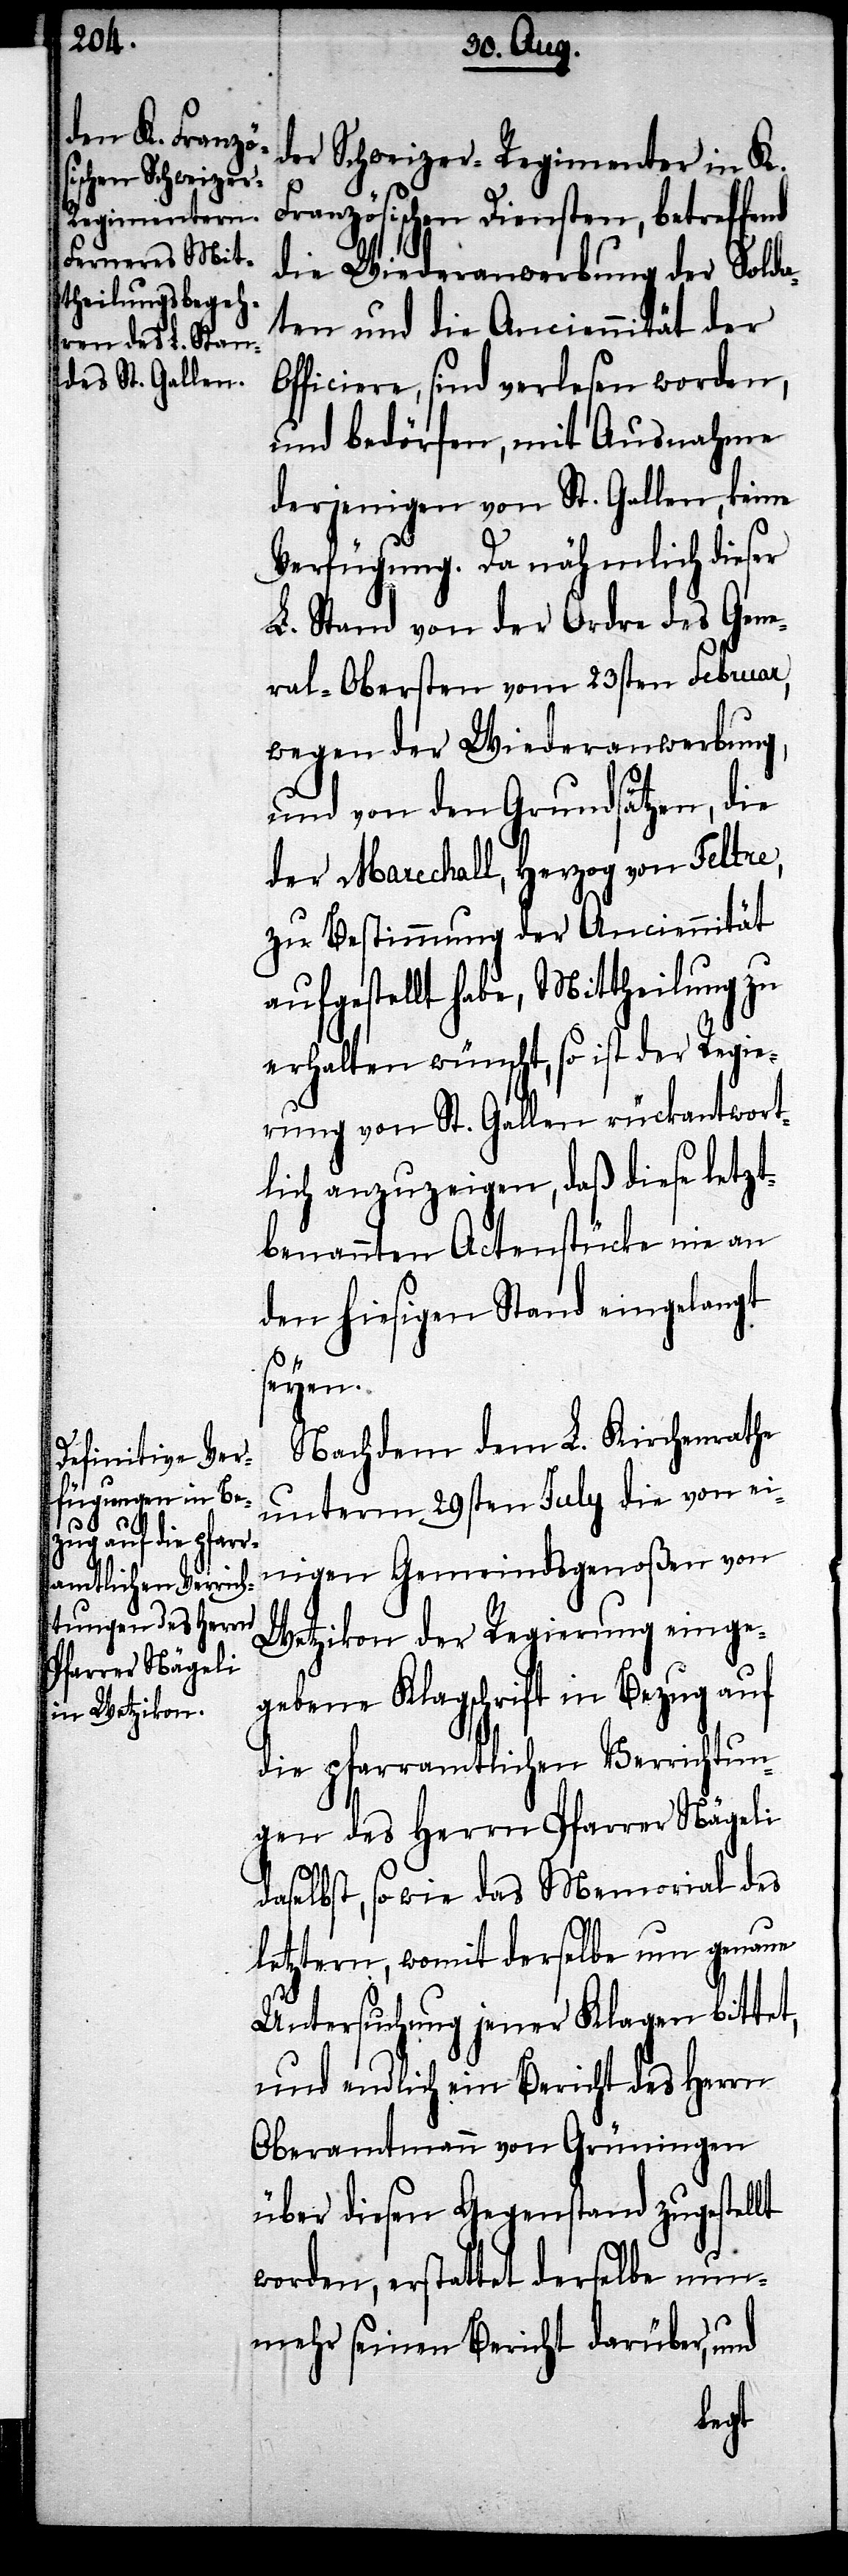
der Schweizer-Regimenter in K.
Französischen Diensten, betreffe¬
die Wiederanwerbung der Solda¬
ten und die Anciennität der
Officiere, sind verlesen worden,
und bedürfen, mit Ausnahme
derjenigen von St. Gallen, keine
Verfügung. Da nähmlich dieser
L. Stand von der Ordre des Gene¬
ral-Obersten vom 23sten Februar,
wegen der Wiederanwerbung,
und von den Grundsätzen, die
der Marechall, Herzog von Feltre,
zu Bestimmung der Anciennität
aufgestellt habe, Mittheilung zu
erhalten wünscht, so ist der Regie¬
rung von St. Gallen rückantwort¬
lich anzuzeigen, daß diese letzt¬
benannten Actenstücke nie a¬
n hiesigen Stand eingelangt
seinen
Nachdem dem L. Kirchenrathe
unterm 29sten July die von ei¬
nigen Gemeindsgenoßen von
Wetzikon der Regierung einge¬
gebene Klagschrift in Bezug auf
die pfarramtlichen Verrichtun¬
gen des Herrn Pfarrer Nägeli
daselbst, so wie das Memorial des
letztern, womit derselbe um genaue
Untersuchung jener Klagen bittet,
und endlich ein Bericht des Herrn
Oberamtmann von Grüningen
über diesen Gegenstand zugestellt
worden, erstattet derselbe nunmehr
nd